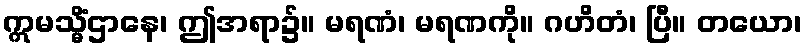
ဣမသ္မိံဌာနေ၊ ဤအရာ၌။ မရဏံ၊ မရဏကို။ ဂဟိတံ၊ ပြီ။ တယော၊